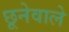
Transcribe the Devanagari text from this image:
छूनेवाले